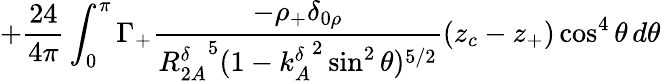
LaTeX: +\frac{24}{4\pi}\int_{0}^{\pi}\Gamma_{+}\frac{-\rho_{+}\delta_{0\rho}}{{R_{2A}^{\delta}}^{5}(1-{k_{A}^{\delta}}^{2}\sin^{2}\theta)^{5/2}}(z_{c}-z_{+})\cos^{4}\theta\, d\theta